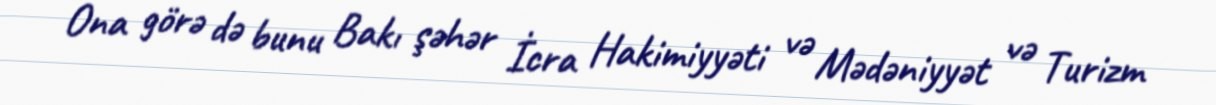
Ona görə də bunu Bakı şəhər İcra Hakimiyyəti və Mədəniyyət və Turizm